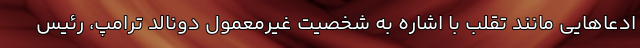
ادعاهایی مانند تقلب با اشاره به شخصیت غیرمعمول دونالد ترامپ، رئیس